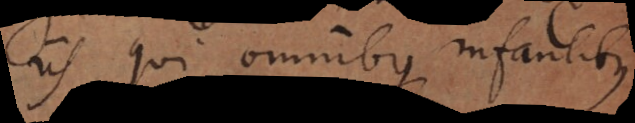
iis qui omnibus infantibus